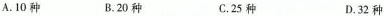
A.10种 B.20种 C.25种 D.32种